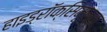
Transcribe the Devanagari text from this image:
हाइड्रॉक्सिमूलक